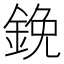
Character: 鋔